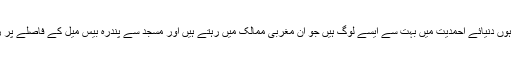
میں جانتا ہوں دنیائے احمدیت میں بہت سے ایسے لوگ ہیں جو اِن مغربی ممالک میں رہتے ہیں اور مسجد سے پندرہ بیس میل کے فاصلے پر رہتے ہیں۔